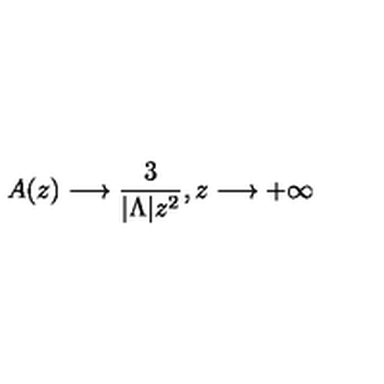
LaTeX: A ( z ) \longrightarrow \frac { 3 } { | { \Lambda } | z ^ { 2 } } , z \longrightarrow + \infty